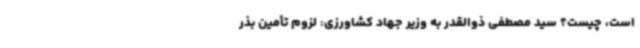
است، چیست؟ سید مصطفی ذوالقدر به وزیر جهاد کشاورزی: لزوم تأمین بذر